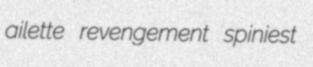
ailette revengement spiniest